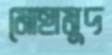
মোহামুদ